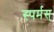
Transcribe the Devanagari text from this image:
स्पर्मस्‌